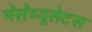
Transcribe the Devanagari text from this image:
मॅसॅच्यूसेटस